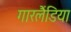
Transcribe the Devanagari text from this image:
गारलैंडिया